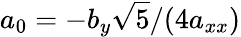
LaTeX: a_{0}=-b_{y}\sqrt{5}/(4a_{xx})